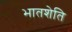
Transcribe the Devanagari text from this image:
भातशेति